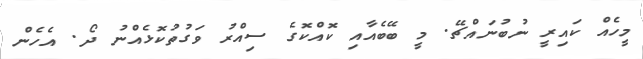
މީހެއް ކައިރީ ނުބުނައްޗޭ. މީ ބޭބެއާއި ކޮއްކޮގެ ސިއްރު ވަގުތުކޮޅެއްނު ދޯ. އެހެން